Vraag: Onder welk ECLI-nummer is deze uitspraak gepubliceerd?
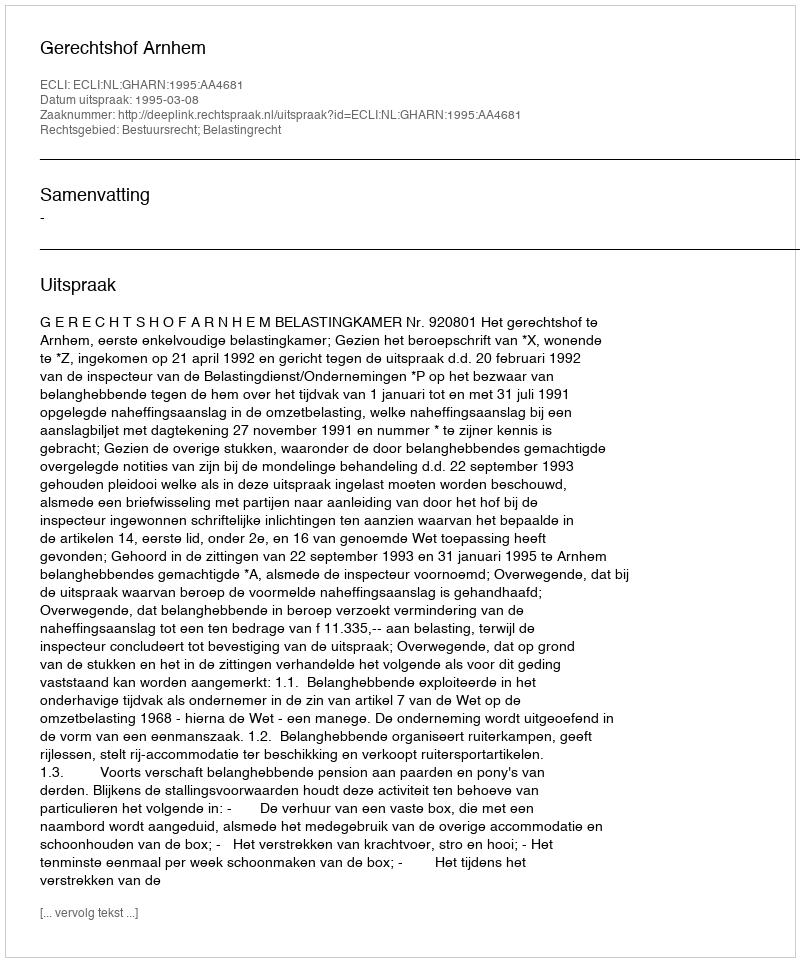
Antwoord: ECLI:NL:GHARN:1995:AA4681